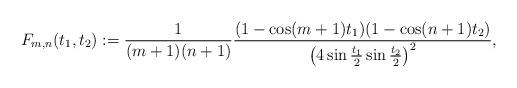
LaTeX: \begin{align*}F_{m,n}(t_{1},t_{2}):=\frac{1}{(m+1)(n+1)}\frac{(1-\cos (m+1)t_{1})(1-\cos(n+1)t_{2})}{\left( 4\sin \frac{t_{1}}{2}\sin \frac{t_{2}}{2}\right) ^{2}},\end{align*}